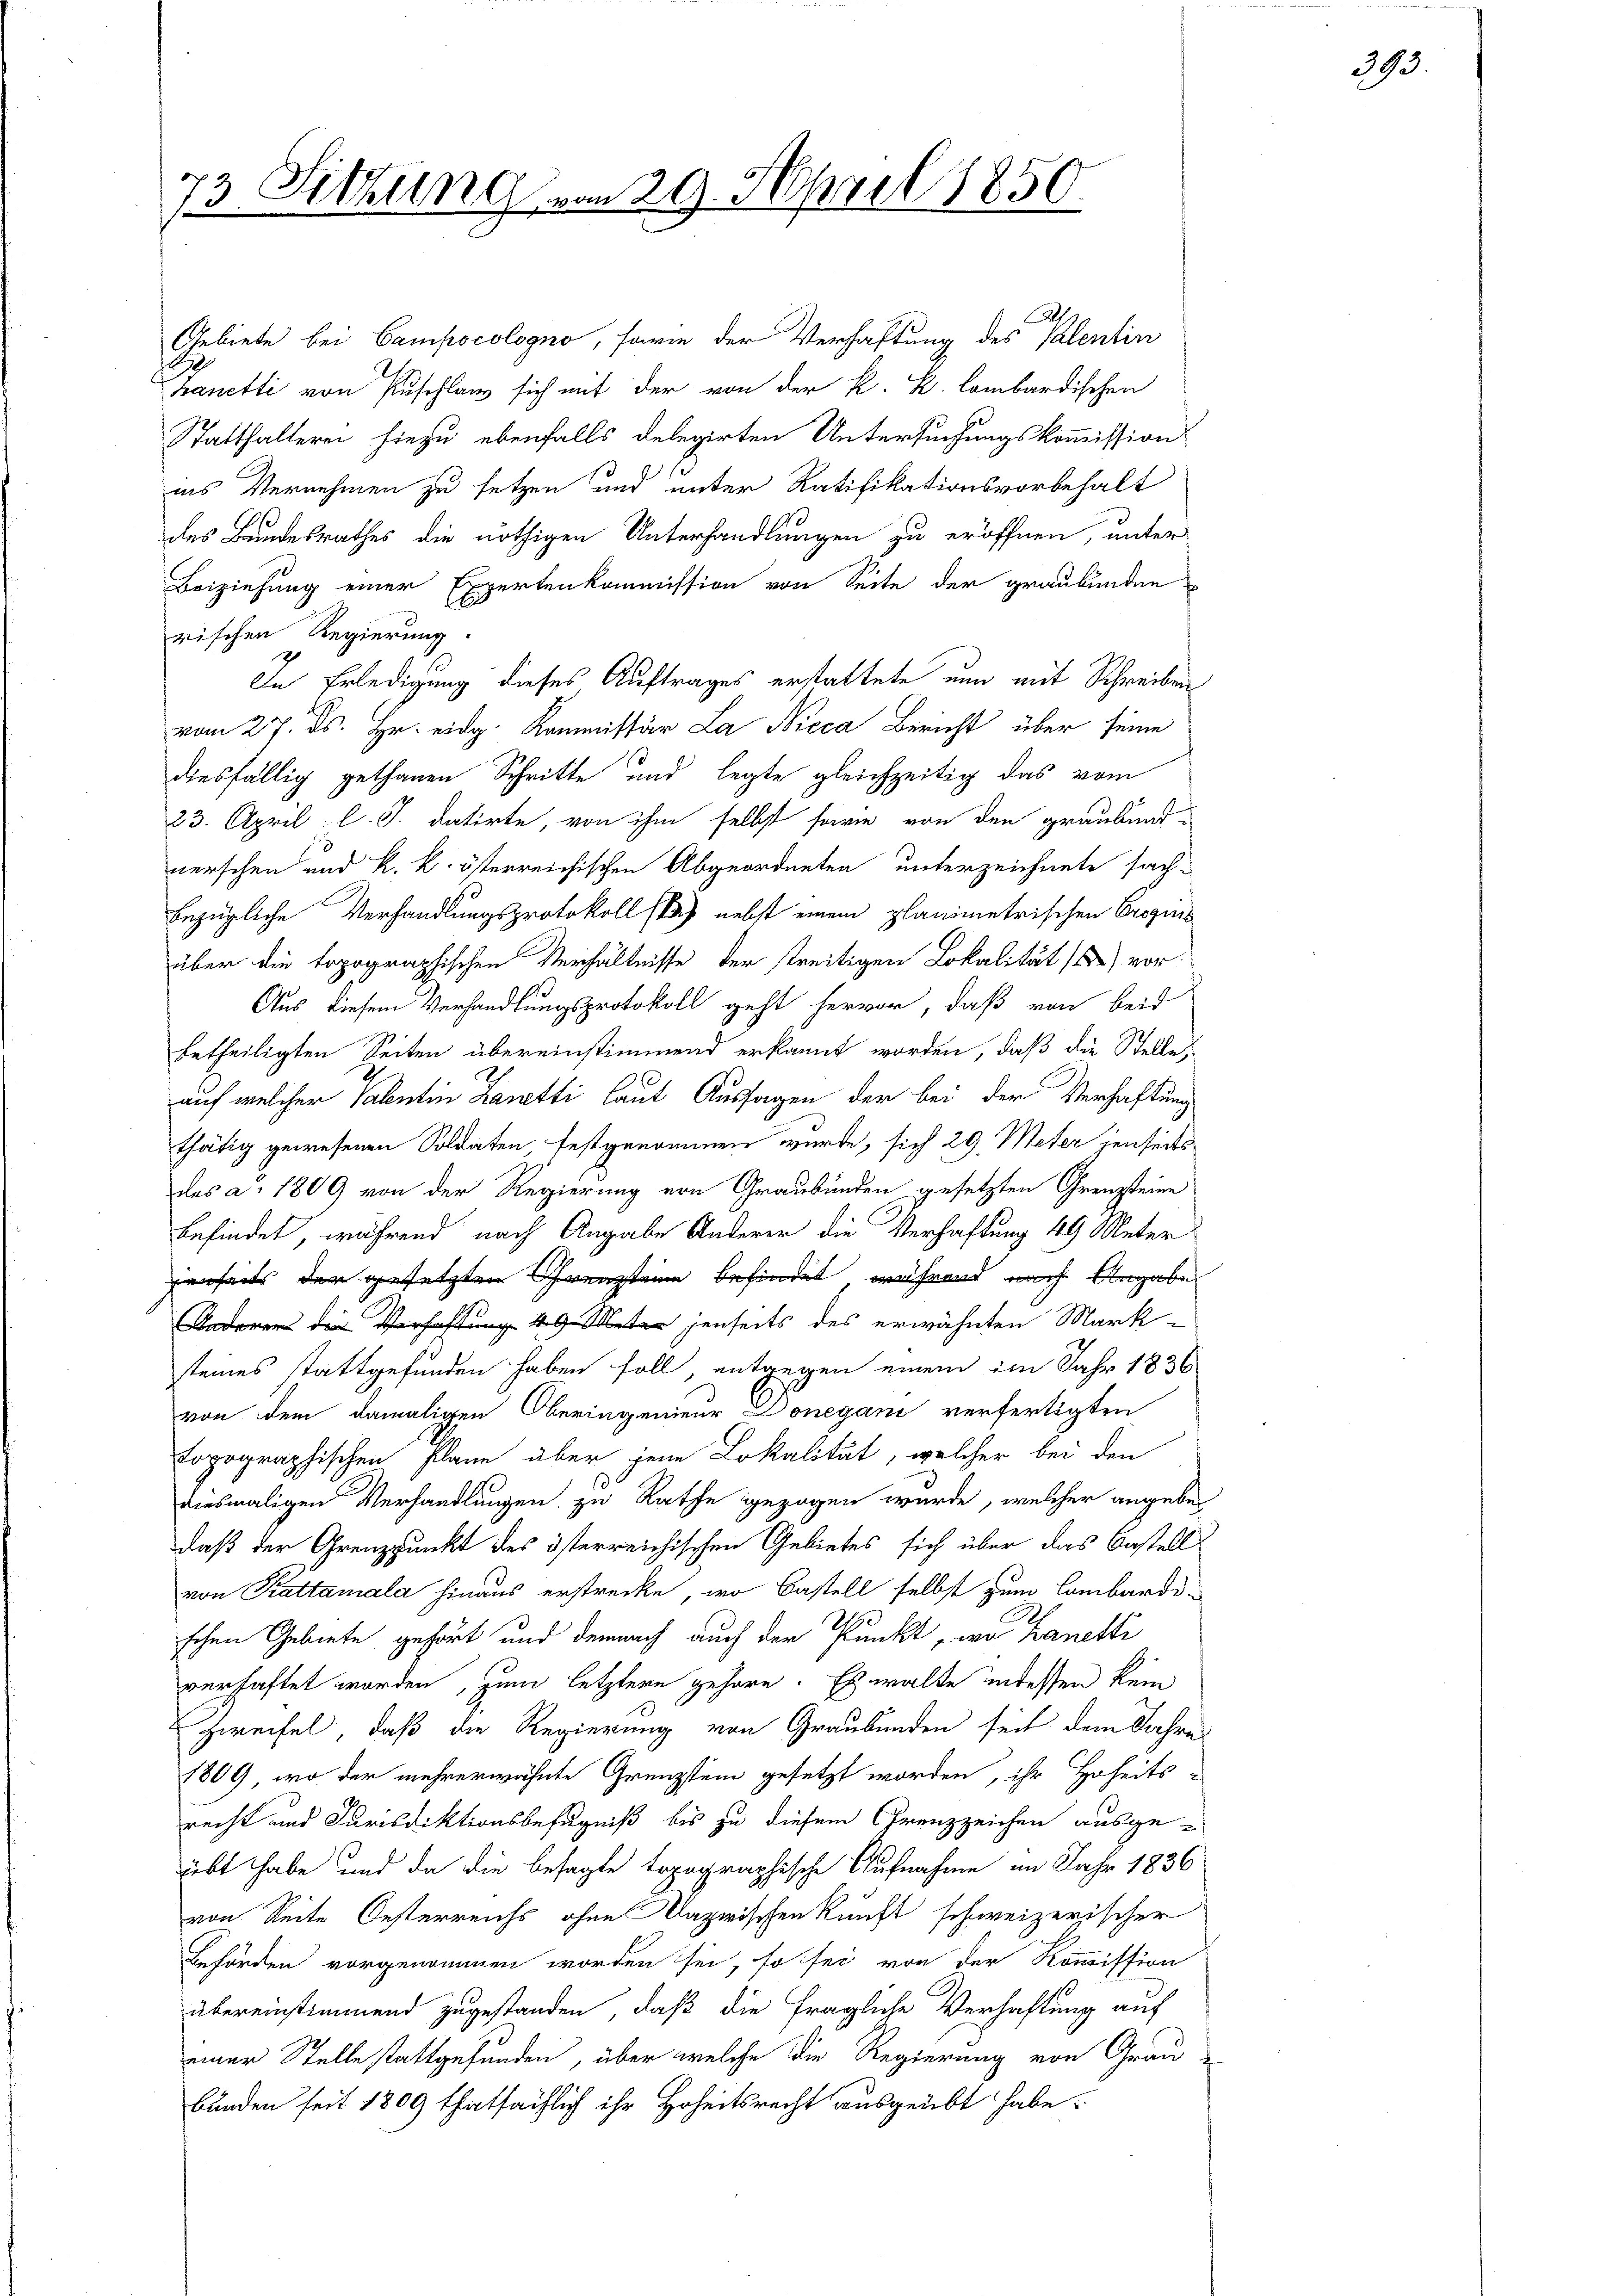
Gebiete bei Campocologno, farie der Verhaftung des Kalentin
Banetti von Puschlan sich mit der von der K. K. lombardischen
Statthalterei hiezu ebenfalls delegirten Untersuchungskommission
ins Vernehmen zu setzen und unter Ratifikationsvorbehalt
des Bundesrathes die nöthigen Unterhandlungen zu eröffnen, unter
Beiziehung einer Expertenkommission von Seite der graubunden
rischen Regierung.
In Erledigung dieses Auftrages erstattete nun mit Schreiben
vom 27. ds. Hr. eidg. Kommissär La Nieca Bericht über seine
diesfällig gethanen Schritte und legte gleichzeitig das vom
23. April l. J. datirte, von ihm selbst sowie von den graubünd-
werschen und k. k. österreichischen Abgeordneten unterzeichnete sach-
bezügliche Verhandlungsprotokoll sp) nebst einem planimetrischen Crogins
über die topographischen Verhältnisse der streitigen Lokalität 1) vor
Aus diesem Verhandlungsprotokoll geht hervor, daß von beid
betheiligten Seiten übereinstimmend erkannt worden, daß die Stelle
auf welcher Valentin Lanetti laut Aussagen der bei der Verhaftung
thätig gewesenen Soldaten festgenommen wurde, sich 29. Meter jenseits
des a. 1809 von der Regierung von Graubünden gesetzten Grenzsteine
befindet, während nach Angabe Anderer die Verhaftung 49 Meter
genheits der gesetzten Grenzteine befindet während nach Vergabe
Anderer die Verhaft jenseits des erwähnten Mark-
steines stattgefunden haben soll, entgegen einem im Jahr 1836
von dem damaligen Oberingenieur Doneyani verfertigten
topographischen Plane aber jene Lokalität, welcher bei den
diesmaligen Verhandlungen zu Rathe gezogen wurde, welcher angebe
daß der Grenzpunkt des österreichischen Gebietes sich über das Bestell
von Krattamala hinaus erstrecke, wo Bastell selbst zum Lombardi-
schen Gebiete gehört und demnach auch der Punkt, wo Banetti
verhaftet worden, zum letztere gehöre. Es walte indessen kein
Zweifel, daß die Regierung von Graubünden seit dem Jahres
1809, wo der mehrerwähnte Grenzstein gesetzt worden, ihr Hoheits-
recht und Jurisdiktionsbefugniß bis zu diesem Grenzzeichen ausge-
übt habe und da die besagte topographische Aufnahme im Jahr 1836
von Reite Oesterreichs ohne Dazwischenkunft schweizerischer
Beförden vorgenommen worden sei, so sei von der Kommission
übereinstimmend zugestanden, daß die fragliche Verhaftung auf
einer Stelle stattgefunden, über welche die Regierung von Grau
bunden seit 1809 thatsächlich ihr Hoheitsrecht ausgeübt habe.

73. Sitzung vom 29. April 1850.

393.